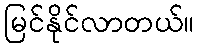
မြင်နိုင်လာတယ်။